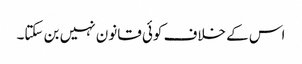
اس کے خلاف کوئی قانون نہیں بن سکتا۔